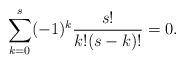
LaTeX: \begin{align*}\sum_{k=0}^s (-1)^k \frac{s!}{k!\*(s-k)!}=0.\end{align*}